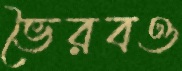
ভৈরবও